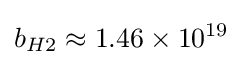
b_{H2}\approx 1.46\times 10^{19}